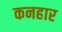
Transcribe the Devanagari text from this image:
कनहार